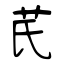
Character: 芪